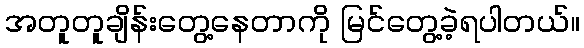
အတူတူချိန်းတွေ့နေတာကို မြင်တွေ့ခဲ့ရပါတယ်။